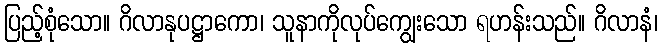
ပြည့်စုံသော။ ဂိလာနုပဋ္ဌာကော၊ သူနာကိုလုပ်ကျွေးသော ရဟန်းသည်။ ဂိလာနံ၊